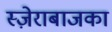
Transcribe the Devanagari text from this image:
स्ज़ेराबाजका